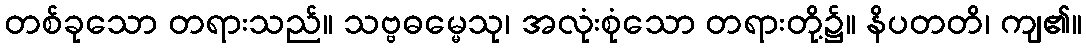
တစ်ခုသော တရားသည်။ သဗ္ဗဓမ္မေသု၊ အလုံးစုံသော တရားတို့၌။ နိပတတိ၊ ကျ၏။